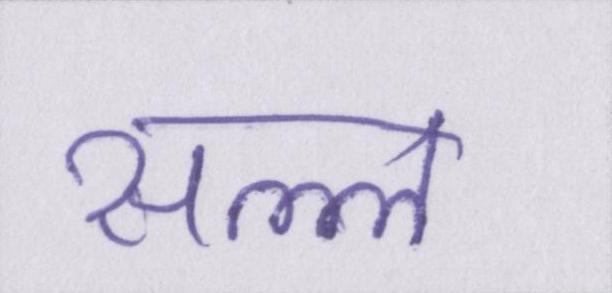
सल्ल